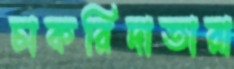
চাকরিদাতারা